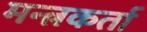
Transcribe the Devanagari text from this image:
मन्त्रकर्ता